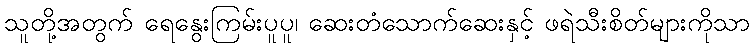
သူတို့အတွက် ရေနွေးကြမ်းပူပူ၊ ဆေးတံသောက်ဆေးနှင့် ဖရဲသီးစိတ်များကိုသာ